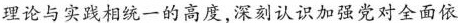
理论与实践相统一的高度，深刻认识加强党对全面依